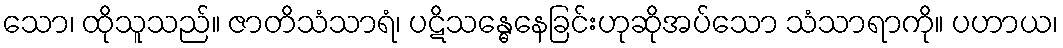
သော၊ ထိုသူသည်။ ဇာတိသံသာရံ၊ ပဋိသန္ဓေနေခြင်းဟုဆိုအပ်သော သံသာရာကို။ ပဟာယ၊